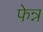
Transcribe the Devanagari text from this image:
फेन्न